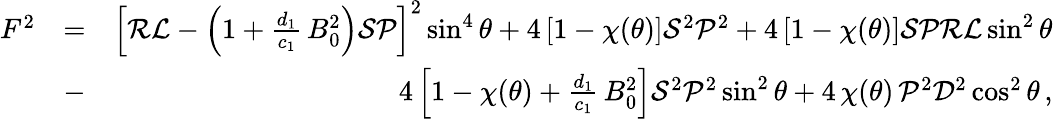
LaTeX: \begin{array}{rlr}{F^{2}}&{=}&{\left[{\cal R}{\cal L}-\left(1+\frac{d_{1}}{c_{1}}\, B_{0}^{2}\right){\cal S}{\cal P}\right]^{2}\sin^{4}\theta+4\left[1-\chi(\theta)\right]{\cal S}^{2}{\cal P}^{2}+4\left[1-\chi(\theta)\right]{\cal S}{\cal P}{\cal R}{\cal L}\sin^{2}\theta}\\ &{-}&{4\left[1-\chi(\theta)+\frac{d_{1}}{c_{1}}\, B_{0}^{2}\right]{\cal S}^{2}{\cal P}^{2}\sin^{2}\theta+4\, \chi(\theta)\, {\cal P}^{2}{\cal D}^{2}\cos^{2}\theta\, ,}\end{array}